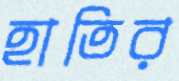
হাতির